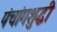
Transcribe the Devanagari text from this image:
पंचांगशुद्धी